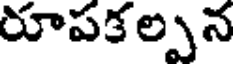
రూపకల్పన